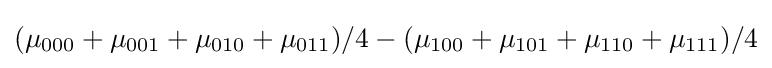
(\mu _{000}+\mu _{001}+\mu _{010}+\mu _{011})/4-(\mu _{100}+\mu _{101}+\mu _{110}+\mu _{111})/4